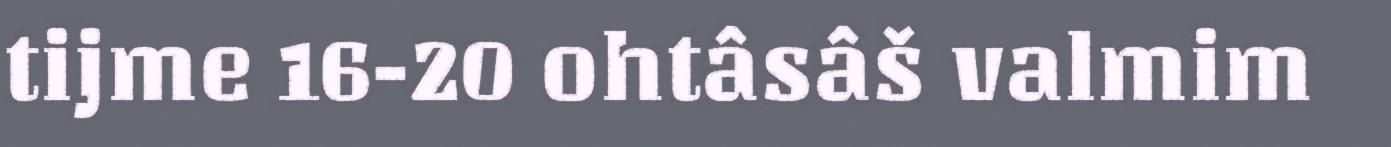
tijme 16-20 ohtâsâš valmim